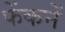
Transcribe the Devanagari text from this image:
फेंकनें